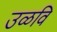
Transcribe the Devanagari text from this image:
उळवि